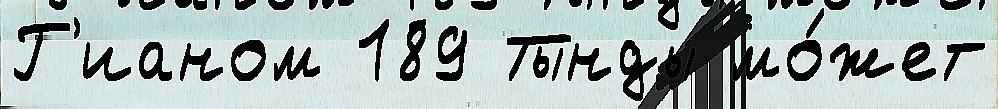
Г'ианом 189 Тынды мо́жет